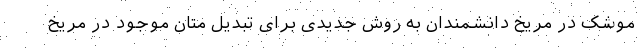
موشک در مریخ دانشمندان به روش جدیدی برای تبدیل متان موجود در مریخ